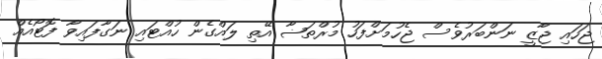
ޖަހައި ޖާޒީ ނަންބަރުވެސް ޖެހުމަށްފަހު މުރްތަޟާ އޭތި ލައްގެން ހުއްޓައި ނަގާފައިވާ ފޮޓޯއެއް